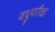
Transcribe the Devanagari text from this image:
वधुपरीक्षा